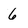
Character: 6